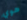
هوي